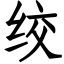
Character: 绞